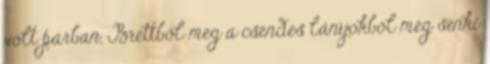
volt párban, Brettből meg a csendes lányokból meg senki